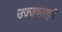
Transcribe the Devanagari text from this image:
उज्जवलावृत्ति